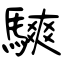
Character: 騻